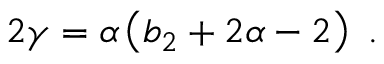
2 \gamma = \alpha \left( b _ { 2 } + 2 \alpha - 2 \right) \ .